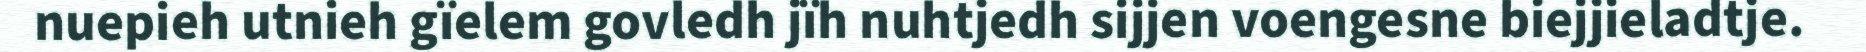
nuepieh utnieh gïelem govledh jïh nuhtjedh sijjen voengesne biejjieladtje.